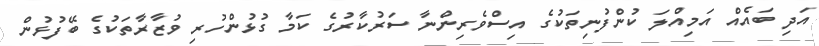
އަދި ބައެއް އަމިއްލަ ކުންފުުނިތަކުގެ އިސްވެރިންނާ ސަރުކާރުގެ ކަމާ ގުޅުންހުރި ވުޒާރާތަކުގެ ބޭފުޅުން